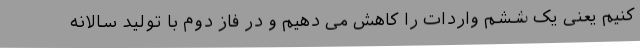
کنیم یعنی یک ششم واردات را کاهش می دهیم و در فاز دوم با تولید سالانه